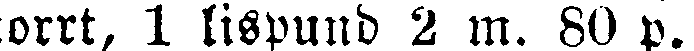
orrt, 1 lispund 2 m. 80 p.